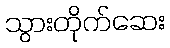
သွားတိုက်ဆေး